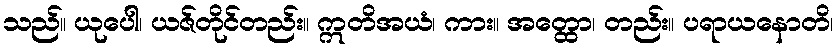
သည်။ ယုပေါ၊ ယဇ်တိုင်တည်း။ ဣတိအယံ၊ ကား။ အတ္ထော၊ တည်း။ ပရာယနောတိ၊